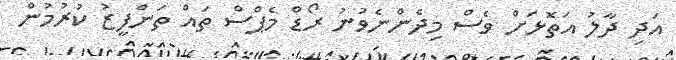
އަދި ދާލު އަތޮޅަށް ވެސް މިދެންނެވުނު ރޯޑް މެޕްސް ތައް ތަންފީޒު ކުރުމުން